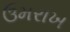
ઉમરાખ